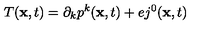
T ( { \bf x } , t ) = \partial _ { k } p ^ { k } ( { \bf x } , t ) + e j ^ { 0 } ( { \bf x } , t )